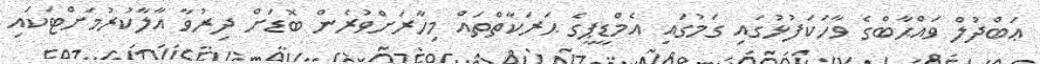
ޢަބްދުލް ވައްޙާބްގެ ވާހަކަފުޅުގައި ގަމުގައި އެމްޑީޕީގެ ޙަރަކާތްތައް މިހާރަށްވުރެން ބޮޑަށް ދިރުވާ އާލާކުރުމަށްޓަކައި